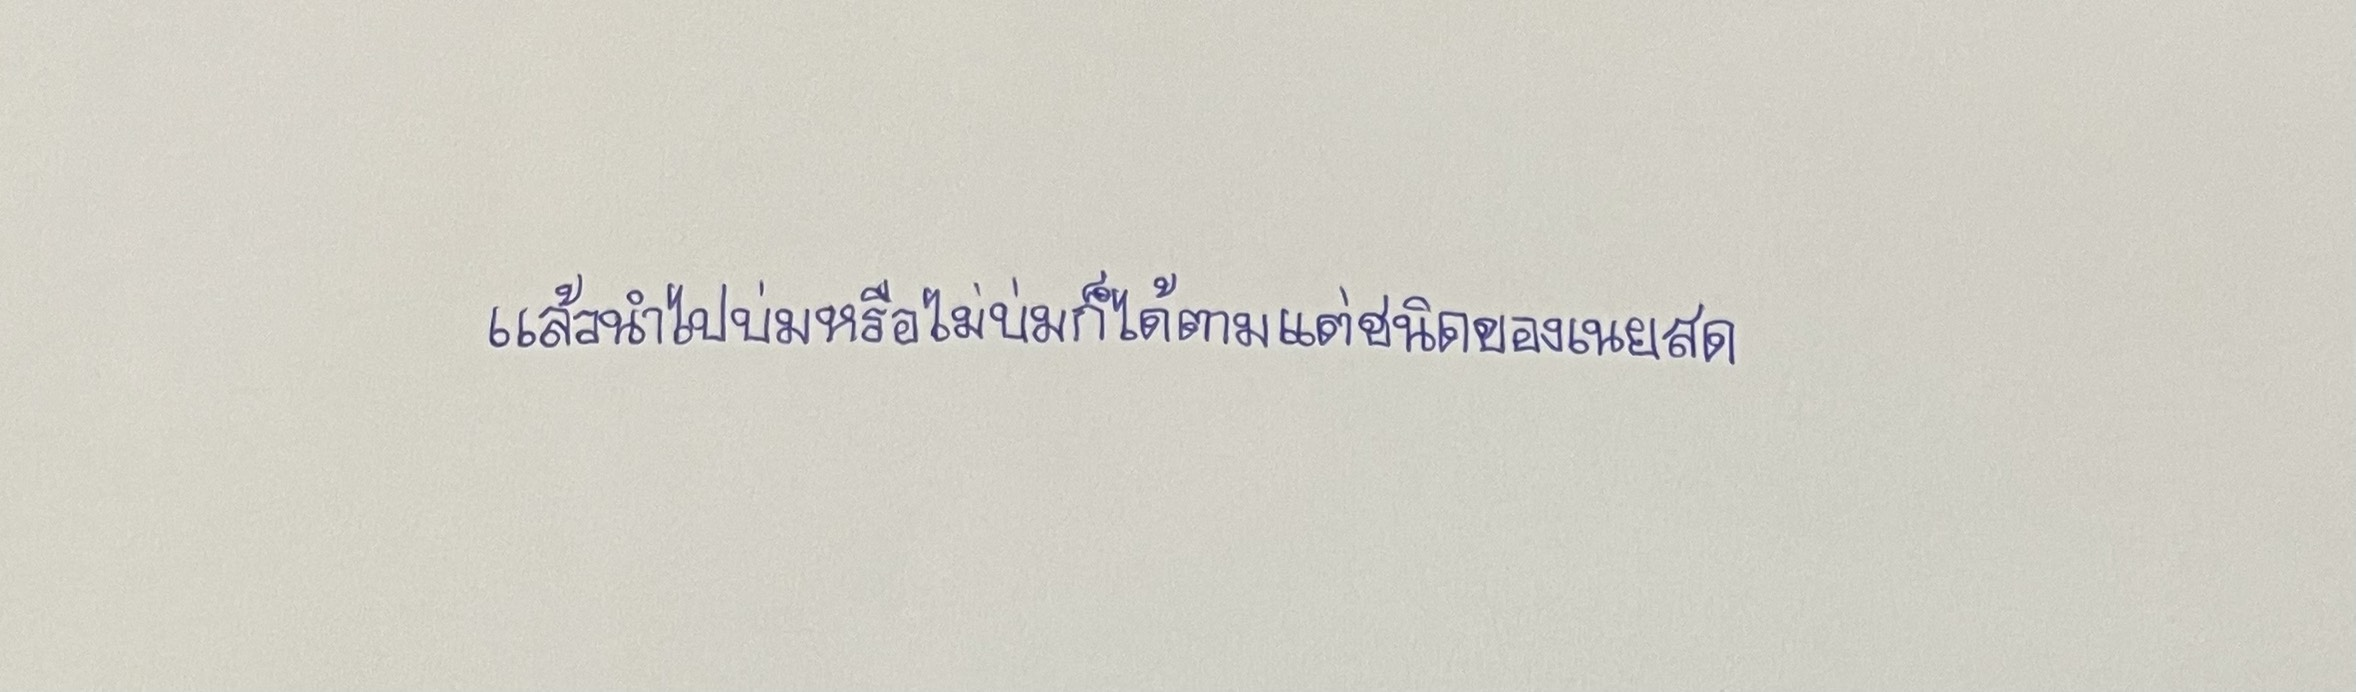
แล้วนำไปบ่มหรือไม่บ่มก็ได้ตามแต่ชนิดของเนยสด